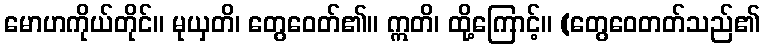
မောဟကိုယ်တိုင်။ မုယှတိ၊ တွေဝေတ်၏။ ဣတိ၊ ထို့ကြောင့်။ (တွေဝေတတ်သည်၏